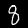
Digit: 8